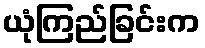
ယုံကြည်ခြင်းက